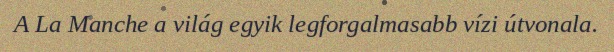
A La Manche a világ egyik legforgalmasabb vízi útvonala.